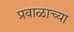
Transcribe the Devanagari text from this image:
प्रवाळाच्या